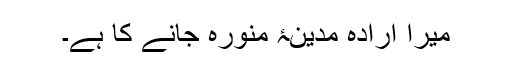
میرا ارادہ مدینۂ منورہ جانے کا ہے۔